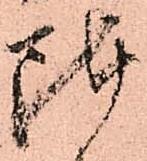
陣